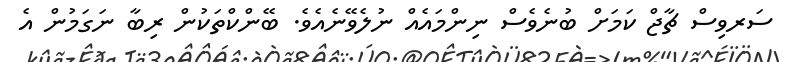
ސަރވިސް ޗާޖް ކަމަށް ބުނެވެސް ނިންމައެއް ނުލެވޭނެއެވެ. ބޭންކްތަކުން ރިބާ ނަގަމުން އެ